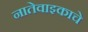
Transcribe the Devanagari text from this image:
नातेवाइकाचे